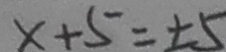
x + 5 = \pm 5